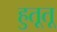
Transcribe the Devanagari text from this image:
हुतूतू